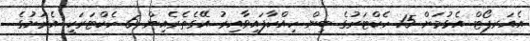
އެއަރޕޯޓް އެޅުމަށް 15 ހެކްޓަރުގެ ބިން ހިއްކާފައިވާއިރު އޭގެތެރެއިން 6 ހެކްޓަރަކީ އެރަށުގެ